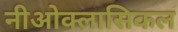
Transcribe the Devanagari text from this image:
नीओक्लासिकल